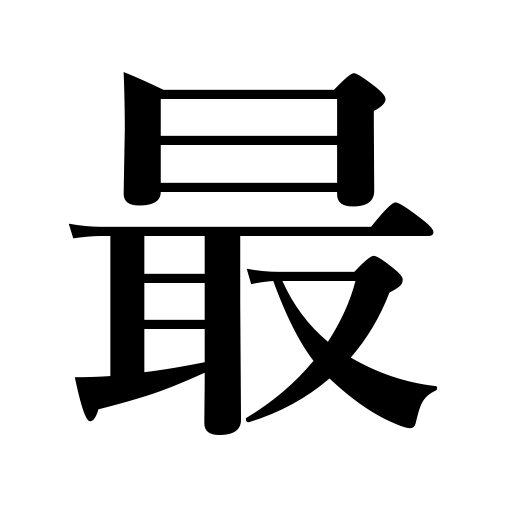
Meanings: most